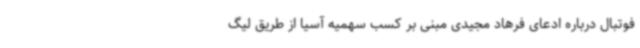
فوتبال درباره ادعای فرهاد مجیدی مبنی بر کسب سهمیه آسیا از طریق لیگ